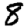
Digit: 8